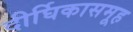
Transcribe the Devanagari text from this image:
दीर्घिकासमूह